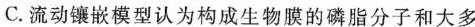
C.流动镶嵌模型认为构成生物膜的磷脂分子和大多